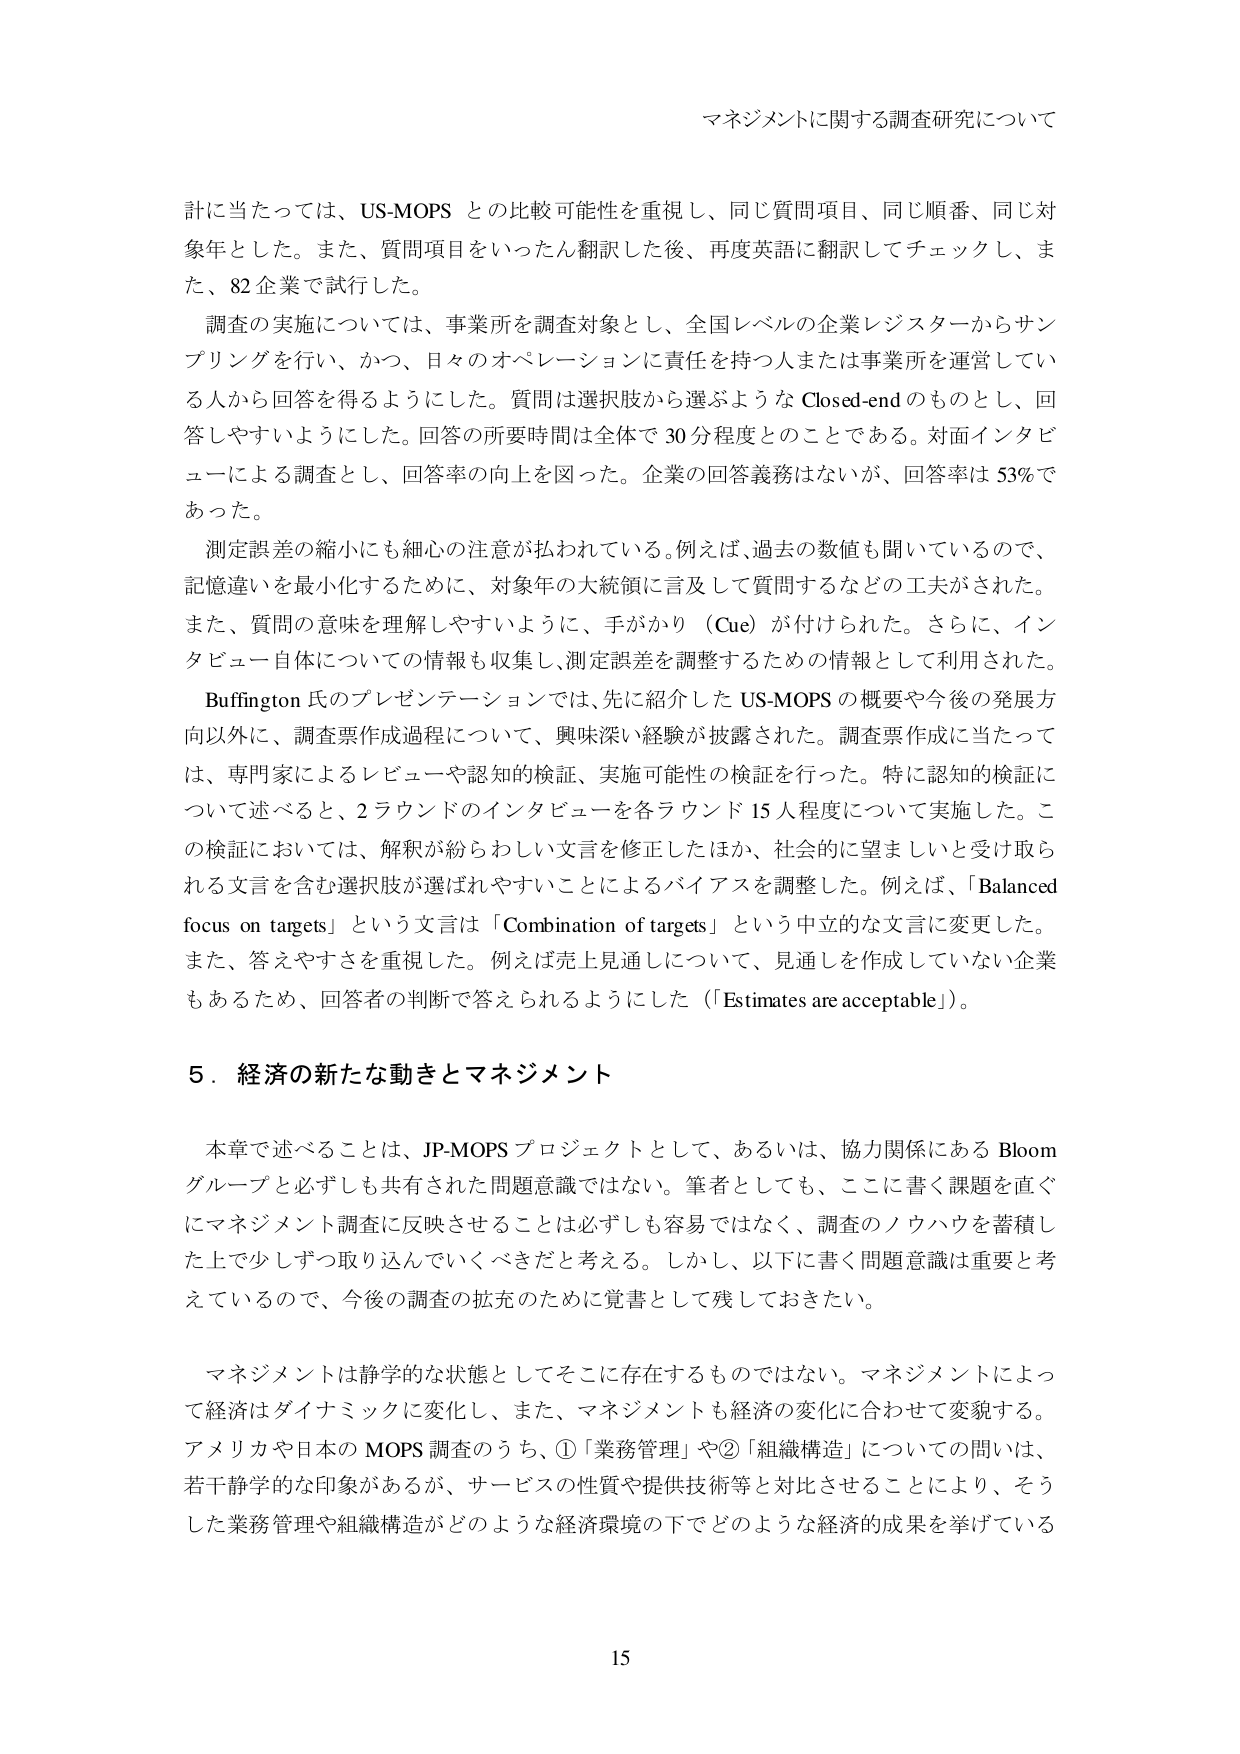
マネジメントに関する調査研究について

計に当たっては、US-MOPS との比較可能性を重視し、同じ質問項目、同じ順番、同じ対象年とした。また、質問項目をいったん翻訳した後、再度英語に翻訳してチェックし、また、82企業で試行した。

調査の実施については、事業所を調査対象とし、全国レベルの企業レジスタからサンプリングを行い、かつ、日々のオペレーションに責任を持つ人または事業所を運営している人から回答を得るようにした。質問は選択肢から選ぶような Closed-end のものとし、回答しやすいようにした。回答の所要時間は全体で 30分程度とのことである。対面インタビューによる調査とし、回答率の向上を図った。企業の回答義務はないが、回答率は 53%であった。

測定誤差の縮小にも細心の注意が払われている。例えば、過去の数値も聞いているので、記憶違いを最小化するために、対象年の大統領に言及して質問するなどの工夫がされた。また、質問の意味を理解しやすいように、手がかり（Cue）が付けられた。さらに、インタビュー自体についての情報も収集し、測定誤差を調整するための情報として利用された。

Buffington 氏のプレゼンテーションでは、先に紹介した US-MOPS の概要や今後の発展方向以外に、調査票作成過程について、興味深い経験が披露された。調査票作成に当たっては、専門家によるレビューや認知的検証、実施可能性の検証を行った。特に認知的検証について述べると、2ラウンドのインタビューを各ラウンド 15人程度について実施した。この検証においては、解釈が紛らわしい文言を修正したほか、社会的に望ましいと受け取られる文言を含む選択肢が選ばれやすいことによるバイアスを調整した。例えば、「Balanced focus on targets」という文言は「Combination of targets」という中立的な文言に変更した。また、答えやすさを重視した。例えば売上見通しについて、見通しを作成していない企業もあるため、回答者の判断で答えられるようにした（「Estimates are acceptable」）。

5．経済の新たな動きとマネジメント

本章で述べることは、JP-MOPS プロジェクトとして、あるいは、協力関係にある Bloom グループと必ずしも共有された問題意識ではない。筆者としても、ここに書く課題を直ぐにマネジメント調査に反映させることは必ずしも容易ではなく、調査のノウハウを蓄積した上で少しずつ取り込んでいくべきだと考える。しかし、以下に書く問題意識は重要と考えているので、今後の調査の拡充のために覚書として残しておきたい。

マネジメントは静学的な状態としてそこに存在するものではない。マネジメントによって経済はダイナミックに変化し、また、マネジメントも経済の変化に合わせて変貌する。アメリカや日本の MOPS 調査のうち、①「業務管理」や②「組織構造」についての問いは、若干静学的な印象があるが、サービスの性質や提供技術等と対比させることにより、そうした業務管理や組織構造がどのような経済環境の下でどのような経済的成果を挙げている

15